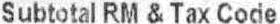
SUBTOTAL RM & TAX CODE